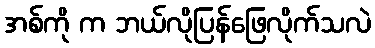
အစ်ကို က ဘယ်လိုပြန်ဖြေလိုက်သလဲ